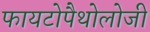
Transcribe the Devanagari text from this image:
फायटोपैथोलोजी